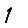
Digit: 1